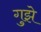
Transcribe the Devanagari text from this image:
गुझे